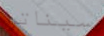
سيناترا